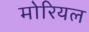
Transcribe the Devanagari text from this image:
मोरियल